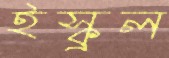
ইস্কুল